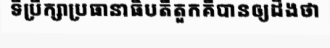
ទីប្រឹក្សាប្រធានាធិបតីតួកគីបានឲ្យដឹងថា